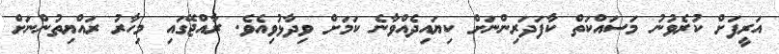
އަރީފަށް ކުރެވުނު މަސައްކަތް ކާފަދަރިންނަށް ކިޔައިދެއްވާނެ ކަމަށް ވިދާޅުވިއެވެ. ރާއްޖޭގައި މިހާރު ރައްޔިތުންނަށް